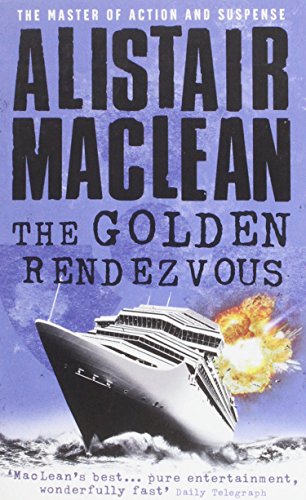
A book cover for The Golden Rendezvous; Alistair MacLean; Literature & Fiction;